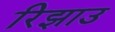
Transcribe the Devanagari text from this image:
रिझाउ